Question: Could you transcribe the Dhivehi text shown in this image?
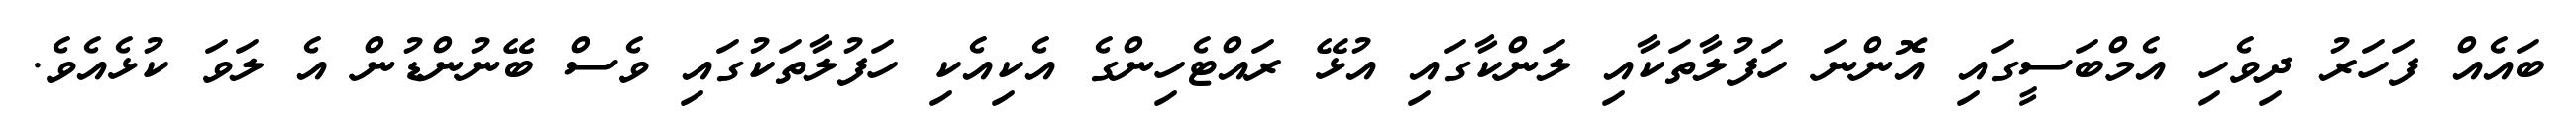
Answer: ބައެއް ފަހަރު ދިވެހި އެމްބަސީގައި އޮންނަ ހަފުލާތަކާއި ލަންކާގައި އުޅޭ ރައްޓެހިންގެ އެކިއެކި ހަފުލާތަކުގައި ވެސް ބޭނުންޑުން އެ ލަވަ ކުޅެއެވެ.